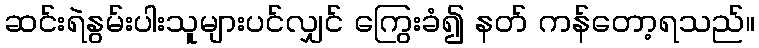
ဆင်းရဲနွမ်းပါးသူများပင်လျှင် ကြွေးခံ၍ နတ် ကန်တော့ရသည်။